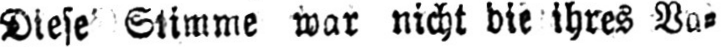
Diese Stimme war nicht die ihres Va⸗